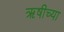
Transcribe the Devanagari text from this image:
ऋषीच्या